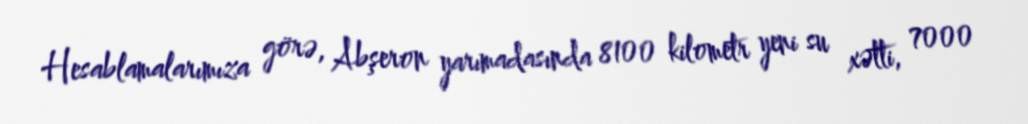
Hesablamalarımıza görə, Abşeron yarımadasında 8100 kilometr yeni su xətti, 7000